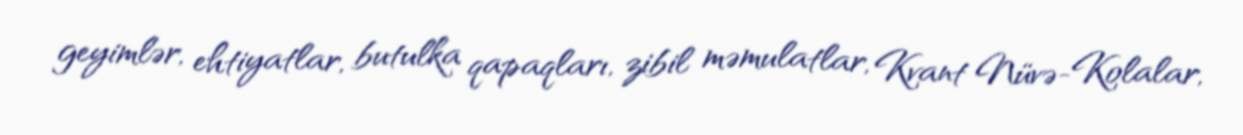
geyimlər, ehtiyatlar, butulka qapaqları, zibil məmulatlar, Kvant Nüvə-Kolalar,